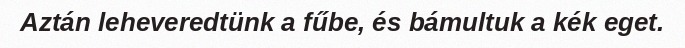
Aztán leheveredtünk a fűbe, és bámultuk a kék eget.